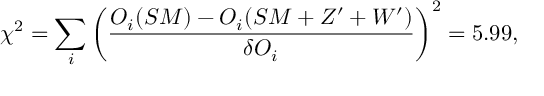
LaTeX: \chi ^ { 2 } = \sum _ { i } \left( \frac { O _ { i } ( S M ) - O _ { i } ( S M + Z ^ { \prime } + W ^ { \prime } ) } { \delta O _ { i } } \right) ^ { 2 } = 5 . 9 9 ,